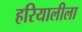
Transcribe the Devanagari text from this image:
हरियालीला